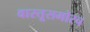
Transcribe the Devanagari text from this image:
वास्तूसमोरच